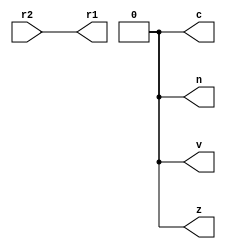
module movr1r2 (r2, r1, n, z, c, v);
input [31:0] r2;
output [31:0] r1;
output reg n, z, c, v;
assign r1 = r2;

assign n = 1'b0;
assign z = 1'b0;
assign c = 1'b0;
assign v = 1'b0;

endmodule